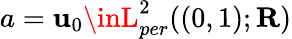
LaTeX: a=\mathbf{u}_{0}\inL_{per}^{2}((0,1);\mathbf{{R}})